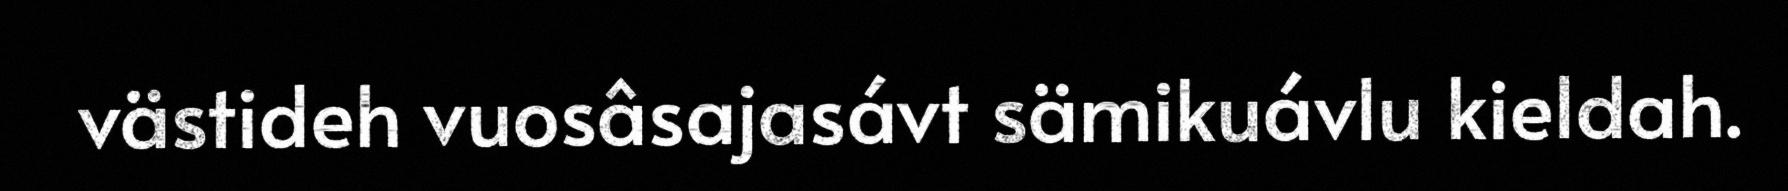
västideh vuosâsajasávt sämikuávlu kieldah.